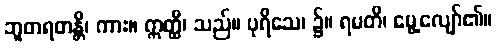
ဘူတရတန္တိ၊ ကား။ ဣတ္ထီ၊ သည်။ ပုရိသေ၊ ၌။ ရမတိ၊ မွေ့လျော်၏။